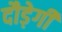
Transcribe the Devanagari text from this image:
दौड़ेगी